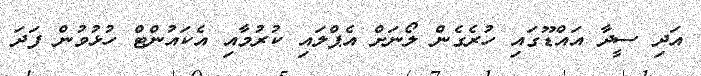
އަދި ސީދާ އައްޑޫގައި ހުރެގެން ލޯނަށް އެޕްލައި ކުރުމާއި އެކައުންޓް ހުޅުވުން ފަދަ